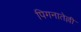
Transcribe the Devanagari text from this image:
पिगनातेल्ली